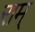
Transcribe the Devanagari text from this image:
राम्‌